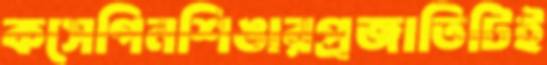
কসেগিনশিঙারপ্রজাতিটিই